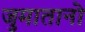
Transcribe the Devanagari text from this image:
जुमातानो